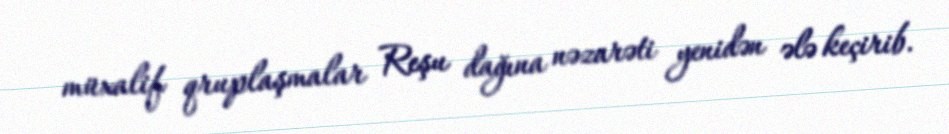
müxalif qruplaşmalar Reşu dağına nəzarəti yenidən ələ keçirib.